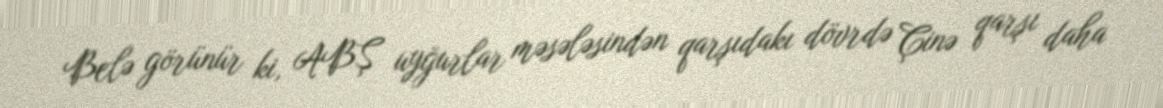
Belə görünür ki, ABŞ uyğurlar məsələsindən qarşıdakı dövrdə Çinə qarşı daha